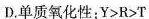
D.单质氧化性：$$Y>R>T$$